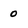
Character: 0